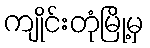
ကျိုင်းတုံမြို့မှ